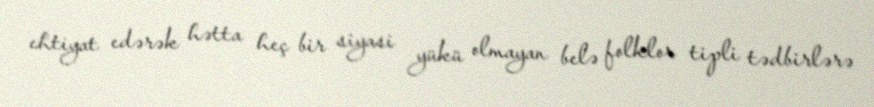
ehtiyat edərək hətta heç bir siyasi yükü olmayan belə folklor tipli tədbirlərə